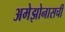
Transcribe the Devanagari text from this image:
अमेझोनासची